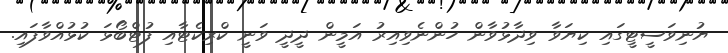
ޔުނިވަސީޓީގައި ކިޔަވާ ވިދާޅުވާން ހުންނެވިިއިރު އަމީން ދީދީ ވަނީ ކްރިކެޓާއި ފުޓްބޯޅަ ކުޅުއްވާފައި.